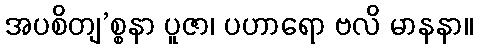
အပစိတျ’စ္စနာ ပူဇာ၊ ပဟာရော ဗလိ မာနနာ။